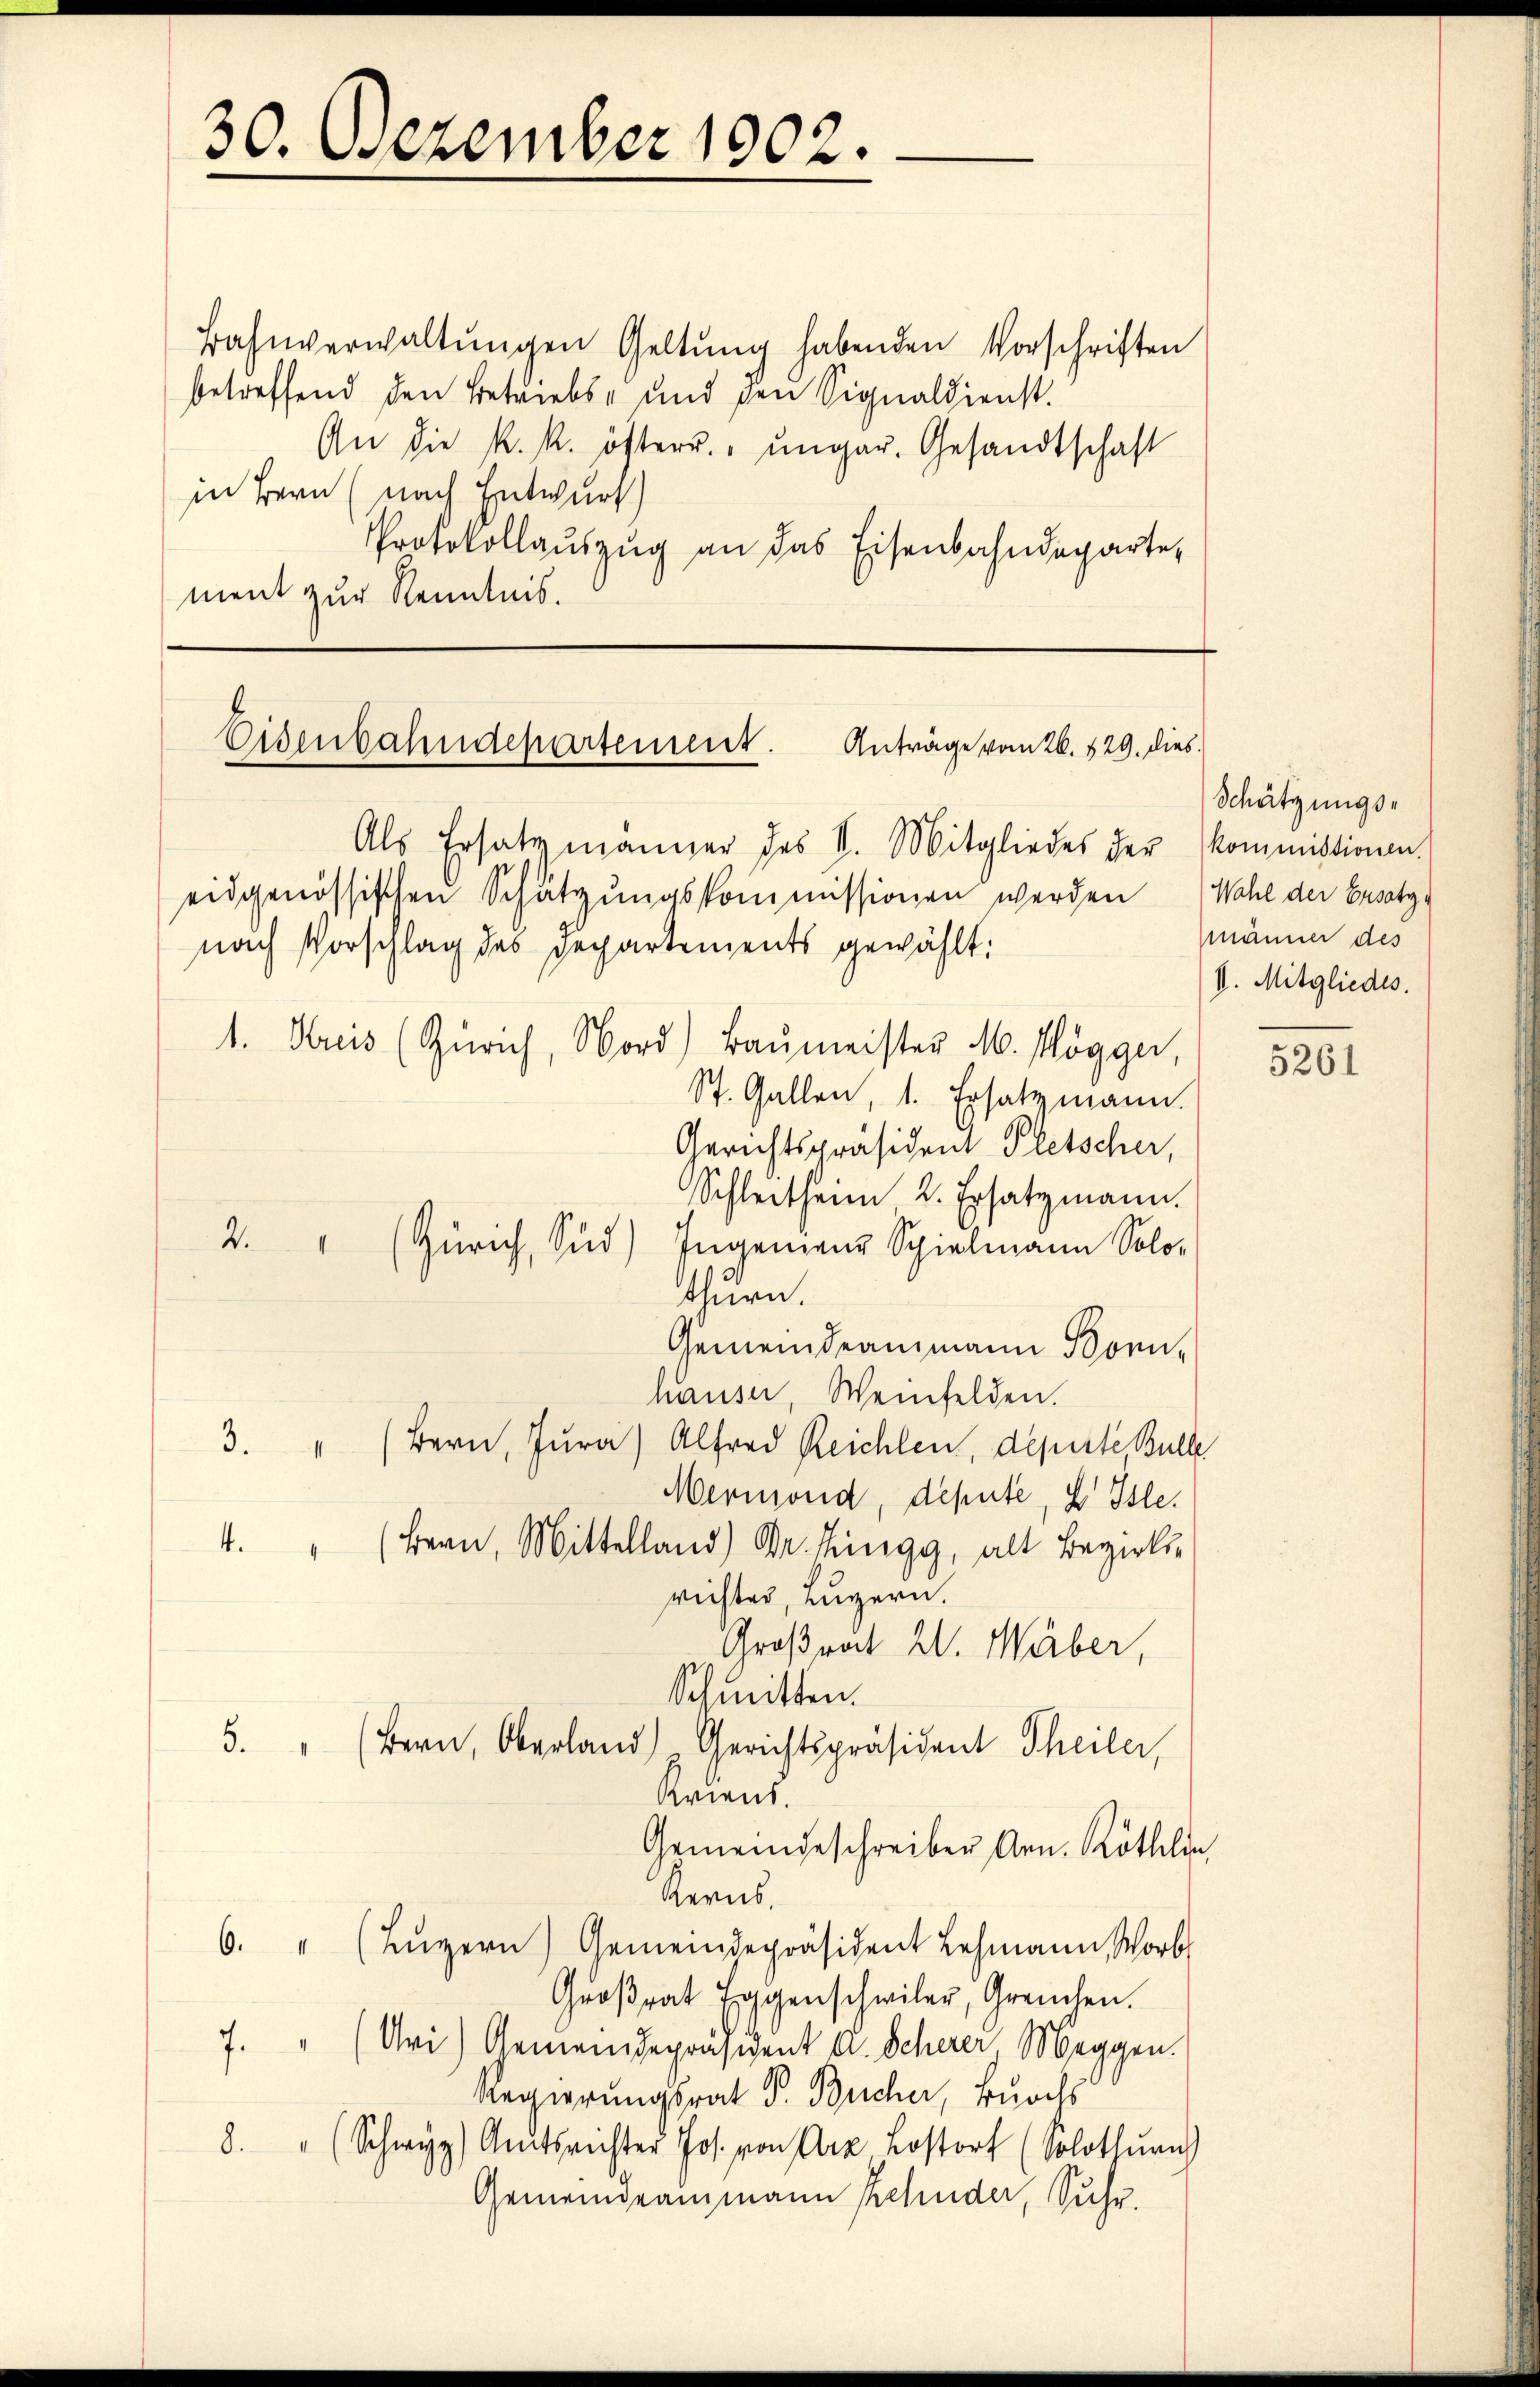
30. Dezember 1902.

Bahnverwaltŭngen Geltung habenden Vorschriften
betreffend den Betriebs- und den Signaldienst.
An die k. k. österr. ungar. Gesandtschaft
in Bern (nach Entwurf
Protokollaŭszŭg an das Eisenbahndeparte,
ment zur Kenntnis.

Eisenbahndepartement. Anträge vom 26. 529. dies
Als Ersatzmänner des V. Mitgliedes der Kommissionen

Schätzungs¬
Wahl der Ersatz
männer des
VI. Mitgliedes.

eidgenössischen Schätzungskommissionen werden
nach Vorschlag des Departements gewählt:
1. Kreis (Zürich, Nord) Baŭmeister M. Mögger,
St. Gallen, 1. Ersatzmann.
Gerichtspräsident Pletscher,
Schleitheim 2. Ersatzmann.
2. " (Zürich, Süd) Ingenieur Spielmann Solo-
thurn.
Gemeindeammann Bonn-
hauser, Weinfelden.
3. " (Bern, Jura) Alfred Reichlen, deperte, Bulle
Mermond, depute, d Isle.
4. " (Bern, Mittel dr. hing, alt Bezirk
richtes, Luzern.
Großrat W. Weber,
Schmitten.
5. " (Bern, Oberland), Gerichtspräsident Theiler,
Kriens.
Gemeindeschreiber Arn. Röthlin
Rerns.
6. " (Lŭzern) Gemeindepräsident Lehmann, Worb
Groβrat Eggenschwiler, Greuchen.
7. " (Uri) Gemeindepräsident A. Scherer, Meggen.
Regierungsrat P. Bücher, Burchs
8. " (Schwyz) Amtsrichter Jos. von Arz Lostorf (Solothurn)
Gemeindeammann Zehnder, Suhr.

5261